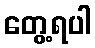
တွေ့ရပါ